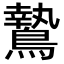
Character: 鷙